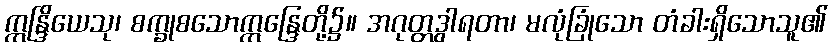
ဣန္ဒြိယေသု၊ စက္ခုစသောဣန္ဒြေတို့၌။ အဂုတ္တဒွါရတာ၊ မလုံခြုံသော တံခါးရှိသောသူ၏